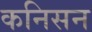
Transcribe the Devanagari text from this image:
कनिसन